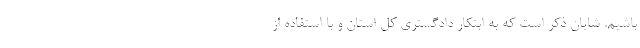
باشیم. شایان ذکر است که به ابتکار دادگستری کل استان و با استفاده از